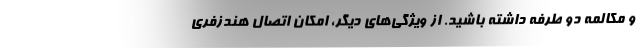
و مکالمه دو طرفه داشته باشید. از ویژگی‌های دیگر، امکان اتصال هندزفری